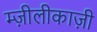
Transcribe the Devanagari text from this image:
म्ज़ीलीकाज़ी